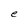
Character: e